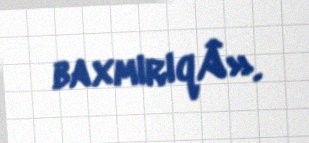
baxmırıqÂ».